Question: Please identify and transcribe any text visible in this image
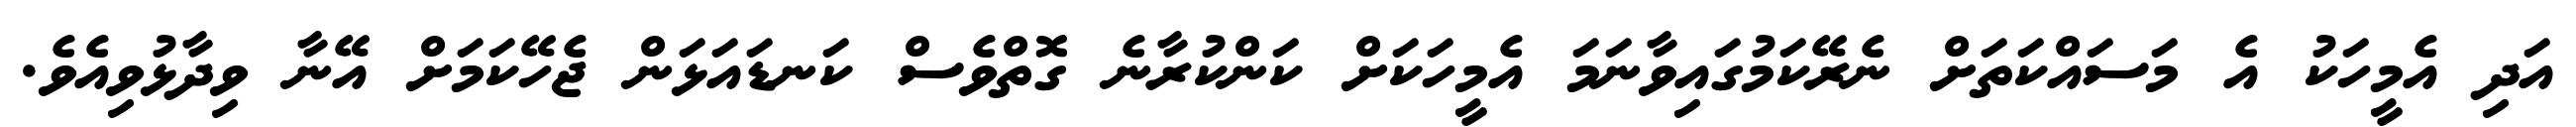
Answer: އަދި އެމީހަކު އެ މަސައްކަތަށް ނެރޭކަމުގައިވާނަމަ އެމީހަކަށް ކަންކުރާނެ ގޮތްވެސް ކަނޑައަޅަން ޖެހޭކަމަށް އޭނާ ވިދާޅުވިއެވެ.